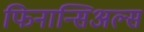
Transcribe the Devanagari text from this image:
फिनान्सिअल्स